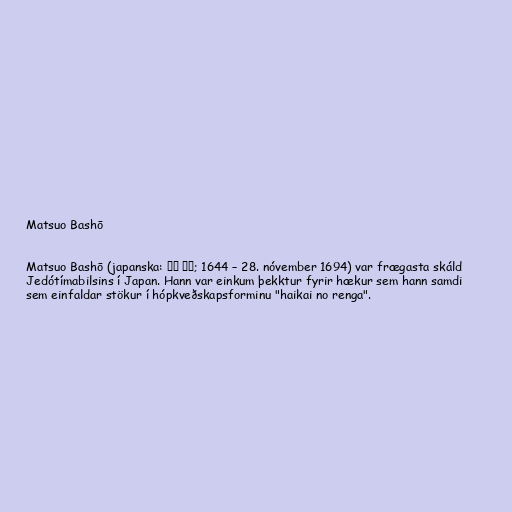
Matsuo Bashō

Matsuo Bashō (japanska: 松尾 芭蕉; 1644 – 28. nóvember 1694) var frægasta skáld
Jedótímabilsins í Japan. Hann var einkum þekktur fyrir hækur sem hann samdi
sem einfaldar stökur í hópkveðskapsforminu "haikai no renga".